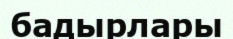
бадырлары